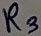
Text: R3